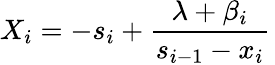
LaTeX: X_{i}=-s_{i}+\frac{\lambda+\beta_{i}}{s_{i-1}-x_{i}}\,